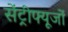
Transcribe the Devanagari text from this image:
सेंट्रीफ्यूजों